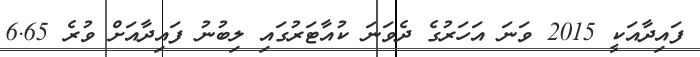
ފައިދާއަކީ 2015 ވަނަ އަހަރުގެ ދެވަނަ ކުއާޓަރުގައި ލިބުނު ފައިދާއަށް ވުރެ 6.65